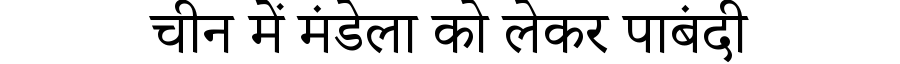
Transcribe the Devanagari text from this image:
चीन में मंडेला को लेकर पाबंदी